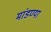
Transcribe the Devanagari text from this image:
मांडण्या